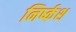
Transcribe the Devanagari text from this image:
निर्ष्कश